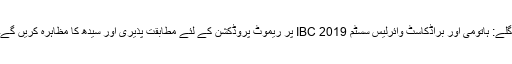
اگلے: ہاتومی اور براڈکاسٹ وائرلیس سسٹم IBC 2019 پر ریموٹ پروڈکشن کے لئے مطابقت پذیری اور سیدھ کا مظاہرہ کریں گے۔